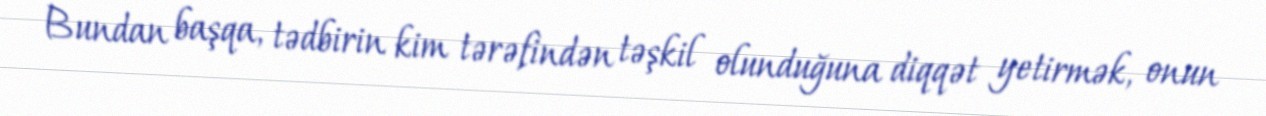
Bundan başqa, tədbirin kim tərəfindən təşkil olunduğuna diqqət yetirmək, onun